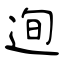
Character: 迿